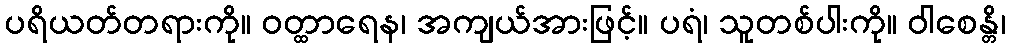
ပရိယတ်တရားကို။ ဝတ္ထာရေန၊ အကျယ်အားဖြင့်။ ပရံ၊ သူတစ်ပါးကို။ ဝါစေန္တိ၊